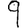
Digit: 9